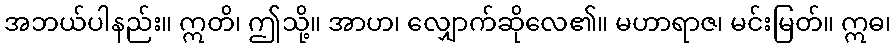
အဘယ်ပါနည်း။ ဣတိ၊ ဤသို့။ အာဟ၊ လျှောက်ဆိုလေ၏။ မဟာရာဇ၊ မင်းမြတ်။ ဣဓ၊